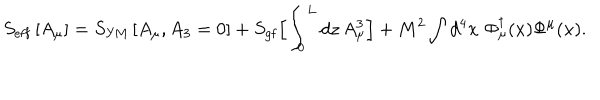
S _ { \mathrm { e f f } } \left[ A _ { \mu } \right] = S _ { \mathrm { Y M } } \left[ A _ { \mu } , A _ { 3 } = 0 \right] + S _ { \mathrm { g f } } \Bigl [ \int _ { 0 } ^ { L } d z \, A _ { \mu } ^ { 3 } \Bigr ] + M ^ { 2 } \int d ^ { 4 } x \, \, \Phi _ { \mu } ^ { \dagger } ( x ) \Phi ^ { \mu } ( x ) .